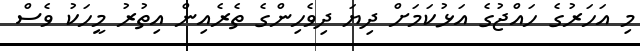
މި އަހަރުގެ ހައްޖުގެ އަޅުކަމަށް ދިޔަ ދިވެހިންގެ ތެރެއިން އިތުރު މީހަކު ވެސް